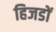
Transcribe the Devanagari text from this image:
हिजडों